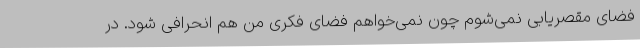
فضای مقصریابی نمی‌شوم چون نمی‌خواهم فضای فکری من هم انحرافی شود. در